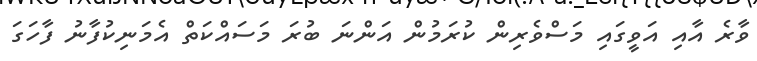
ވާރެ އާއި އަވީގައި މަސްވެރިން ކުރަމުން އަންނަ ބުރަ މަސައްކަތް އެމަނިކުފާނު ފާހަގަ